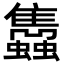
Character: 𧕲